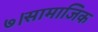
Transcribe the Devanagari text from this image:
७।सामाजिक